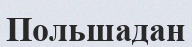
Польшадан